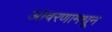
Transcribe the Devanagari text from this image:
आवरणामधून